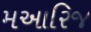
મઆરિજ